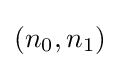
(n_{0},n_{1})